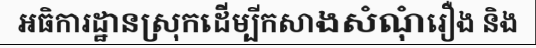
អធិការដ្ឋានស្រុកដើម្បីកសាងសំណុំរឿង និង